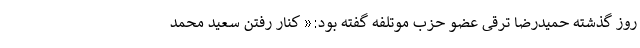
روز گذشته حمیدرضا ترقی عضو حزب موتلفه گفته بود:« کنار رفتن سعید محمد